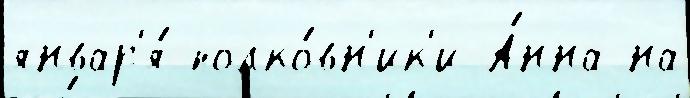
январ'я́ полко́вн'ик'и А́нна на